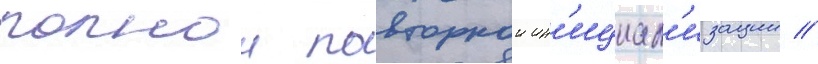
полнои повторнои ин'ициал'изации //